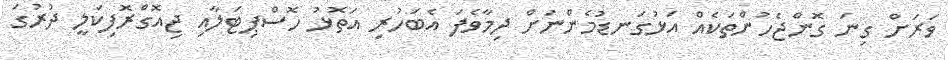
ވަރަށް ގިނަ ގޮންޖެހުންތަކެއް އަޅުގަނޑުމެންނަށް ދިމާވެފަ އެބަހުރި އަތޮޅު ހޮސްޕިޓަލާއި ޖިއޮގްރޮފިކަލީ ދުރުގަ